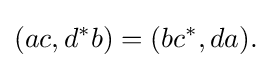
\displaystyle {(ac,d^{*}b)=(bc^{*},da).}